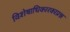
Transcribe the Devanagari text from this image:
विशेषाधिकारकाप्रश्न